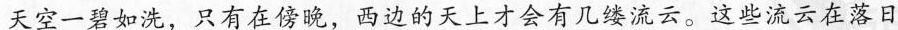
天空一碧如洗，只有在傍晚，西边的天上才会有几缕流云。这些流云在落日